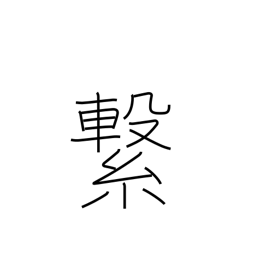
Meaning: tie